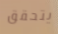
يتحقق